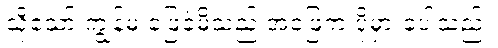
သို့သော် ကျွန်မ ဖြေခဲ့မိသည့် အဖြေက ပိုမှားခဲ့ပါသည်။